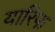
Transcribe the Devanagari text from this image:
यारिफ